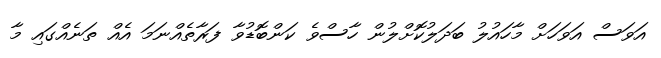
އަވަސް އަވަހަށް މާހައުލު ބަދަލުކޮށްލުން ހާސްވެ ކަންބޮޑުވާ ފަރާތެއްނަމަ އެއް ތަނެއްގައި މާ